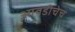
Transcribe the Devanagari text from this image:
आवडीचेच